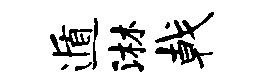
遁淋戟